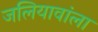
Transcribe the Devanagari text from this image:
जलियावांला